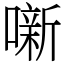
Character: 噺